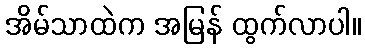
အိမ်သာထဲက အမြန် ထွက်လာပါ။